Civil Veterinary Dept. Assam report 1911-1927 - 1911-1927
Year: 1911
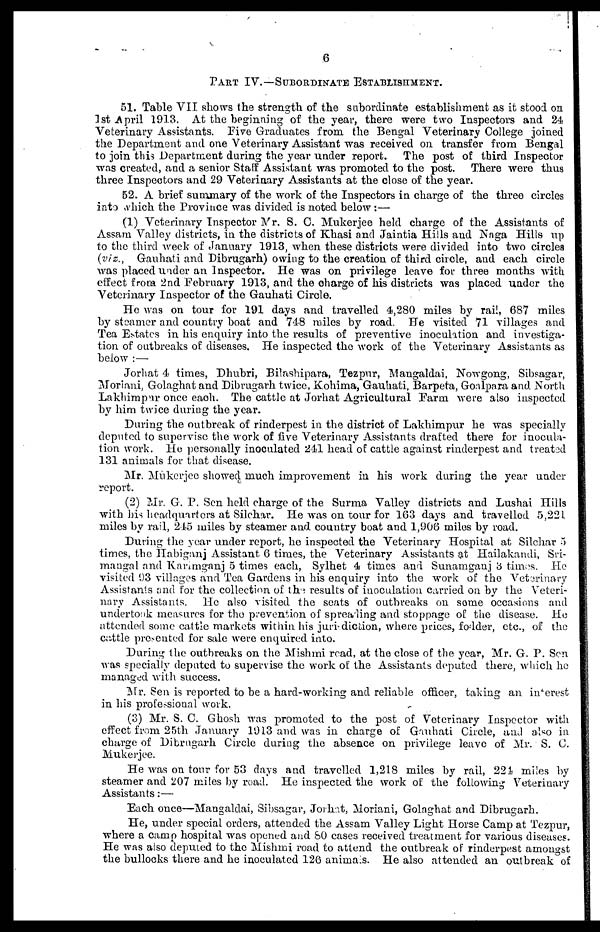
6
PART IV.—SUBORDINATE ESTABLISHMENT.
51. Table VII shows the strength of the subordinate establishment as it stood on
1st April 1913. At the beginning of the year, there were two Inspectors and 24
Veterinary Assistants. Five Graduates from the Bengal Veterinary College joined
the Department and one Veterinary Assistant was received on transfer from Bengal
to join this Department daring the year under report.
The post of third Inspector
was created, and a senior Staff Assistant was promoted to the post. There were thus
three Inspectors and 29 Veterinary Assistants at the close of the year.
52. A brief summary of the work of the Inspectors in charge of the three circles
into Which the Province was divided is noted below:—
(1) Veterinary Inspector Mr. S. 0. Mukerjee held charge of the Assistants of
Assam Valley districts, in the districts of Khasi and Jaintia Hills and Naga Hills up
to the third week of January 1913, when these districts were divided into two circles
(viz.,
Gauhati and Dibrugarh) owing to the creation of third circle, and each circle
was placed under an Inspector. He was on privilege leave for three months with
effect from 2nd February 1913, and the charge of his districts was placed under the
Veterinary Inspector of the Gauhati Circle.
He was on tour for 191 days and travelled 4,280 miles by rail, 687 miles
by steamer and country boat and 748 miles by road. He visited 71 villages and
Tea Estates in his enquiry into the results of preventive inoculation and investiga-
tion of outbreaks of diseases. He inspected the work of the Veterinary Assistants as
below :—
Jorhat 4 times, Dhubri, Bilashipara, Tezpur, Mangaldai, Nowgong, Sibsagar,
Moriani, Golaghat and Dibrugarh twice, Kohima, Gauhati, Barpeta, Goalpara and North
Lakhimpur once each. The cattle at Jorhat Agricultural Farm were also inspected
by him twice during the year.
During the outbreak of rinderpest in the district of Lakhimpur he was specially
deputed to supervise the work of five Veterinary Assistants drafted there for inocula-
tion work. He personally inoculated 241 head of cattle against rinderpest and treated
131 animals for that disease.
Mr. Mukerjee showed much improvement in his work during the year under
report.
(2) Mr. G. P. Sen held charge of the Surma Valley districts and Lushai Hills
with bis headquarters at Silchar. He was on tour for 163 days and travelled 5,221
miles by rail, 215 miles by steamer and country boat and 1,906 miles by road.
During the year under report, he inspected the Veterinary Hospital at Silchar 5
times, the Habiganj Assistant 6 times, the Veterinary Assistants at Hailakandi, Sri-
mangal and Karimganj 5 times each, Sylhet 4 times and Sunamganj 3 times. He
visited 93 villages and Tea Gardens in his enquiry into the work of the Veterinary
Assistants and for the collection of the results of inoculation carried on by the Veteri-
nary Assistants. He also visited the seats of outbreaks on some occasions and
undertook measures for the prevention of spreading and stoppage of the disease. He
attended some cattle markets within his jurisdiction, where prices, fodder, etc., of the
cattle presented for sale were enquired into.
During the outbreaks on the Mishmi road, at the CIOSE of the year, Mr. G. P. Sen
was specially deputed to supervise the work of the Assistants deputed there, which he
managed with success.
Mr. Sen is reported to be a hard-working and reliable officer, taking an interest
in his professional work.
(3) Mr. S. C. Ghosh was promoted to the post of Veterinary Inspector with
effect from 25th January 1913 and was in charge of Gauhati Circle, and also in
charge of Dibrugarh Circle during the absence on privilege leave of Mr. S. C.
Mukerjee.
He was on tour for 53 days and travelled 1,218 miles by rail, 224 miles by
steamer and 207 miles by road. He inspected the work of the following Veterinary
Assistants:—
Each once—Mangaldai, Sibsagar, Joih-.it, Moriani, Golaghat and Dibrugarh.
He, under special orders, attended the Assam Valley Light Horse Camp at Tezpur,
where a camp hospital was opened and 80 cases received treatment for various diseases.
He was also deputed to the Mishmi road to attend the outbreak of rinderpest amongst
the bullocks there and he inoculated 126 animals. He also attended an outbreak of